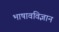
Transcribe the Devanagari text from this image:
भाषावविज्ञान